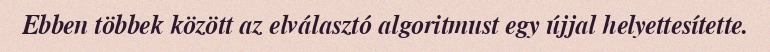
Ebben többek között az elválasztó algoritmust egy újjal helyettesítette.